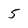
Character: 5